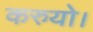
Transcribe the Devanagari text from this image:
करुयो।